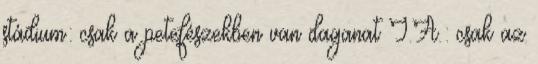
stádium: csak a petefészekben van daganat I.A.: csak az